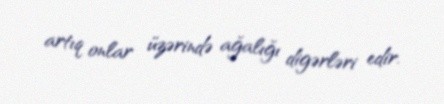
artıq onlar üzərində ağalığı digərləri edir.